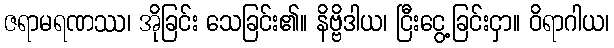
ဇရာမရဏဿ၊ အိုခြင်း သေခြင်း၏။ နိဗ္ဗိဒါယ၊ ငြီးငွေ့ခြင်းငှာ။ ဝိရာဂါယ၊